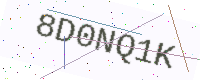
Text: 8D0NQ1K